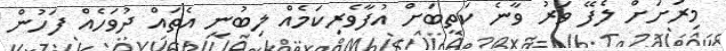
މިރަށަށް ލެފޭ ވަރު ވާނެ ކަތީބަށް އުފާވެރިކަމެއް ލިބުނީ އެތައް ދުވަހެއް ފަހުން